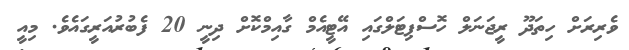
ވެރިރަށް ހިތަދޫ ރީޖަނަލް ހޮސްޕިޓަލްގައި އޭޓީއެމް ގާއިމްކޮށް ދިނީ 20 ފެބުރުއަރީގައެވެ. މިއީ